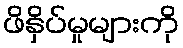
ဖိနှိပ်မှုများကို